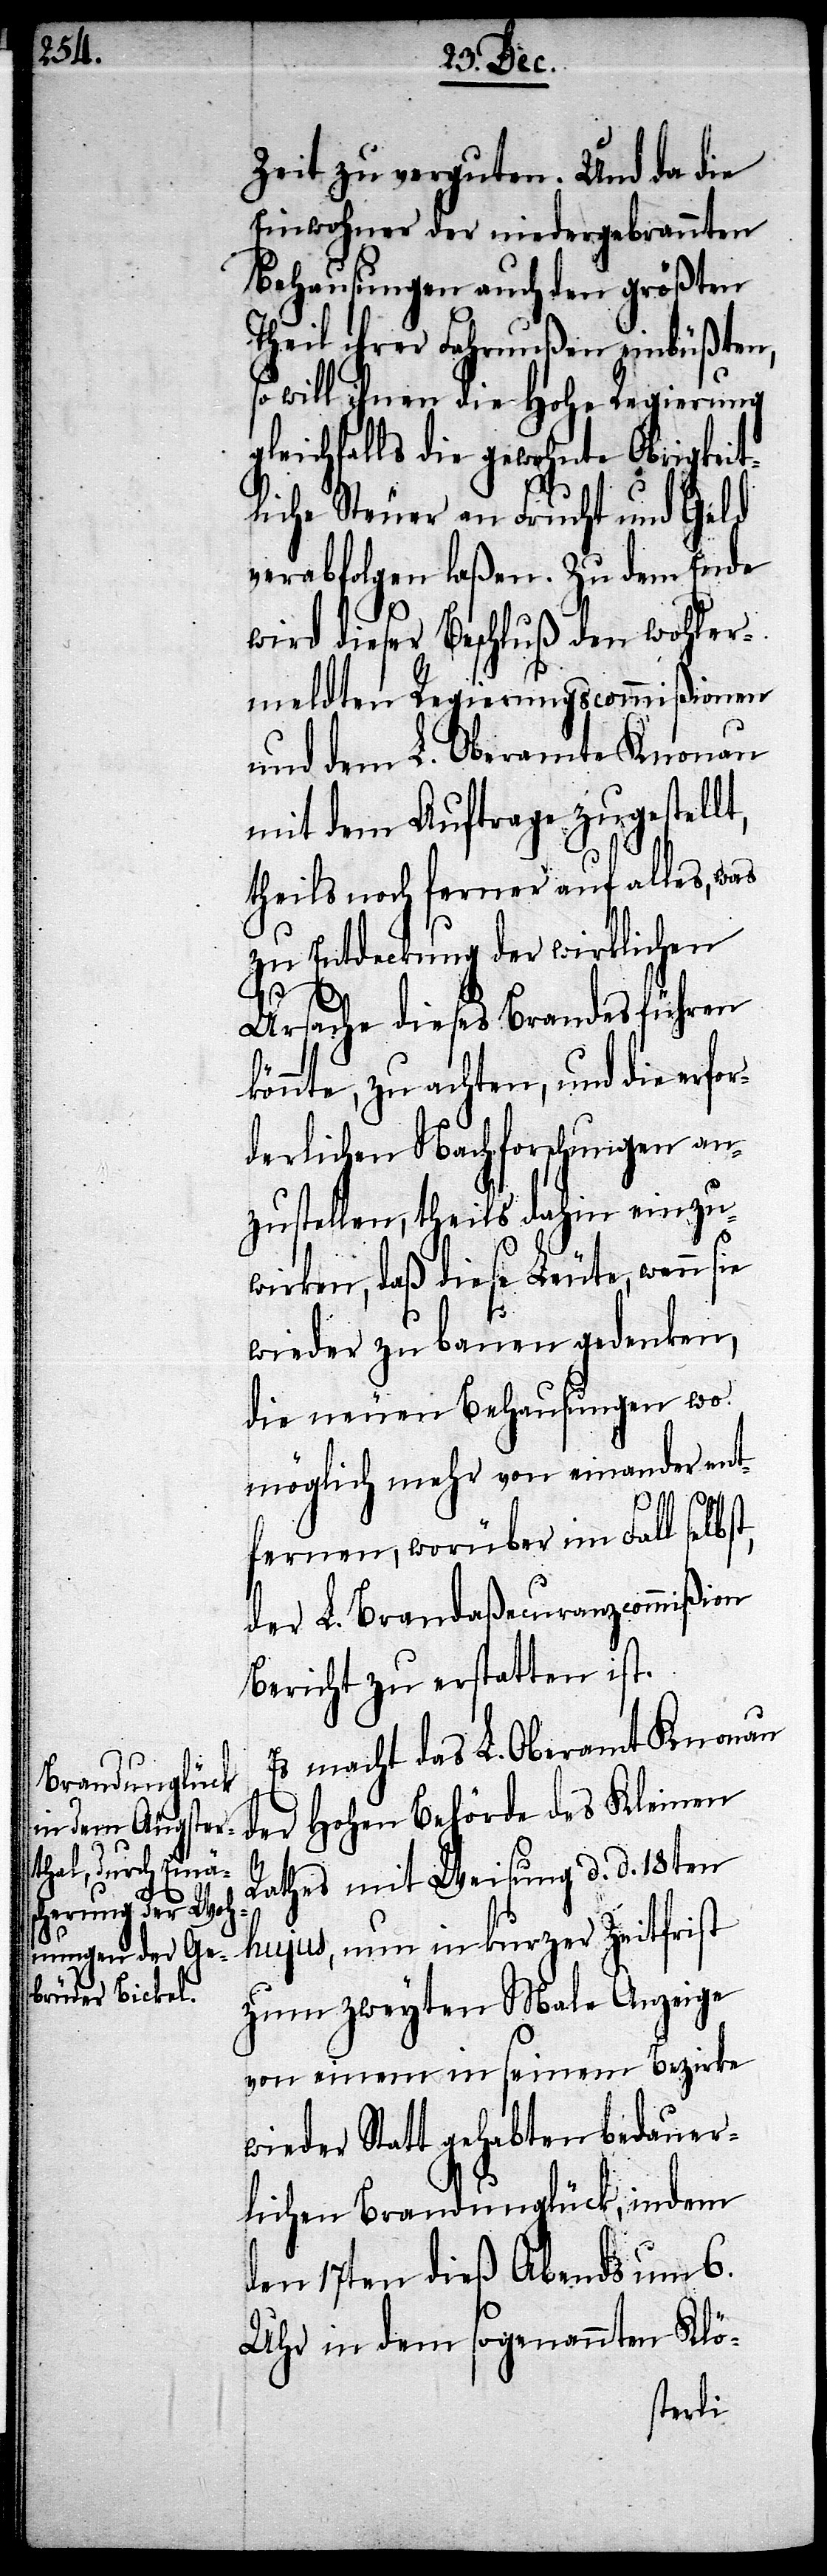
t,

Zeit zu verguten. Und da die
Einwohner der niedergebrannten
Behausungen auch den größten
Theil ihrer Fahrnußen einbüßten,
so will ihnen die Hohe Regierung g¬
leichfalls die gewohnte Obrigkeit¬
liche Steuer an Frucht und Geld
verabfolgen laßen. Zu dem Ende
wird dieser Beschluß den wohler¬
meldten Regierungscommißionen
und dem L. Oberamte Knonau
mit dem Auftrage zugestellt,
theils noch ferner auf alles,
zu Entdeckung der wirklichen
Ursache dieses Brandes führen
könnte, zu achten, und die erfor¬
derlichen Nachforschungen an¬
zustellen, theils dahin einzu¬
wirken, daß diese Leute, wenn
wieder zu bauen gedenken,
die neuen Behausungen wo
möglich mehr von einander ent¬
fernen, worüber im Fall selbs¬
der L. Brandaßecuranzcommißion
Bericht zu erstatten ist.
Es macht das L. Oberamt Knonau
der Hohen Behörde des Kleinen
Rathes mit Weisung d. d. 18ten
hujus, nun in kurzer Zeitfrist
von einem in seinem Bezirke
wieder Statt gehabten bedauer¬
lichen Brandunglück, indem
den 17ten dieß Abends um 6.
Uhr in dem sogenannten Klö-